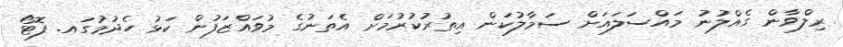
ރިލްވާން ގެއްލުނު މައްސަލައަށް ސަމާލުކަން އިތުރުކުރުމަށް އެތަނުގެ މުވައްޒަފުން ކަޅު ހެދުމުގައ. ފޮޓޯ